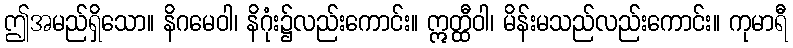
ဤအမည်ရှိသော။ နိဂမေဝါ၊ နိဂုံး၌လည်းကောင်း။ ဣတ္ထီဝါ၊ မိန်းမသည်လည်းကောင်း။ ကုမာရီ